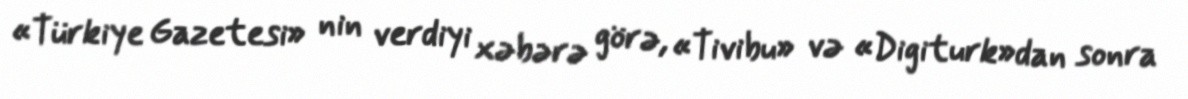
«Türkiye Gazetesi» nin verdiyi xəbərə görə, «Tivibu» və «Digiturk»dan sonra